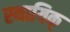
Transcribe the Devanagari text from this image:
स्थायिक्